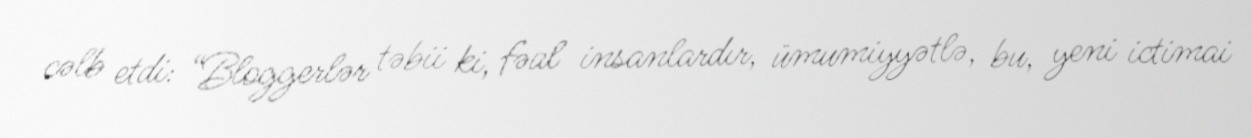
cəlb etdi: “Bloggerlər təbii ki, fəal insanlardır, ümumiyyətlə, bu, yeni ictimai